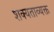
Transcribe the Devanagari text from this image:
शक्यताव्यक्त